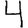
Digit: 4